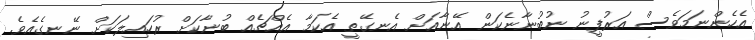
އެހެންނަމަވެސް އަރުފީނު ނުބުނާނެކަން އޭނާއަށް އެނގޭތީ އެކަމާ އެއްޗެއް ބުނާކަށް ރުހައިލަކަށް ނޭނގެއެވެ.